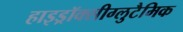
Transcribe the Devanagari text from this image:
हाइड्रॉक्सीग्लुटैमिक